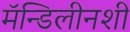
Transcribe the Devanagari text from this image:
मॅन्डिलीनशी